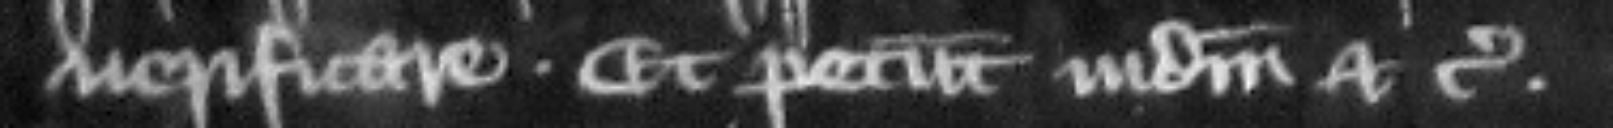
uerificare. Et petunt iudicium etc.